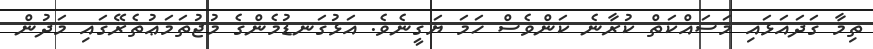
ތިމާ ގަދައަޅައި މަސައްކަތް ކުރާނެ ކަންވެސް ހަމަ ޔަގީނެވެ. އަޅުގަނޑުމެންގެ މުޖުތަމަޢުތެރޭގައި މަދުން